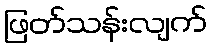
ဖြတ်သန်းလျက်